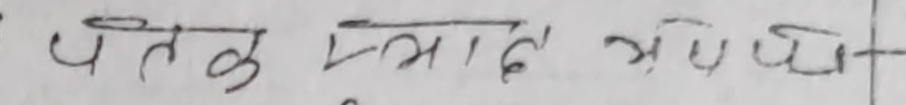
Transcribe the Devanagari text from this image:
पतलु प्रसाद त्रिपाठी